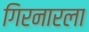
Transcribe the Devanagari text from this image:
गिरनारला